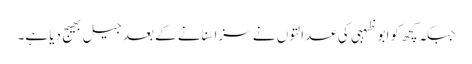
جبکہ کچھ کو ابو ظہبی کی عدالتوں نے سزا سُنانے کے بعد جیل بھیج دیا ہے۔